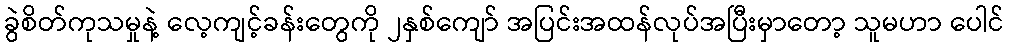
ခွဲစိတ်ကုသမှုနဲ့ လေ့ကျင့်ခန်းတွေကို ၂နှစ်ကျော် အပြင်းအထန်လုပ်အပြီးမှာတော့ သူမဟာ ပေါင်